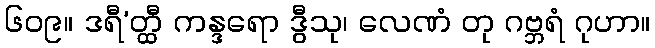
၆၀၉။ ဒရီ’တ္ထီ ကန္ဒရော ဒွီသု၊ လေဏံ တု ဂဗ္ဘရံ ဂုဟာ။